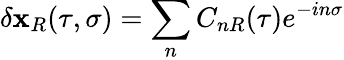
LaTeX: \delta\mathbf{x}_{R}(\tau,\sigma)=\sum_{n}C_{nR}(\tau)e^{-in\sigma}